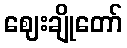
ဈေးချိုတော်